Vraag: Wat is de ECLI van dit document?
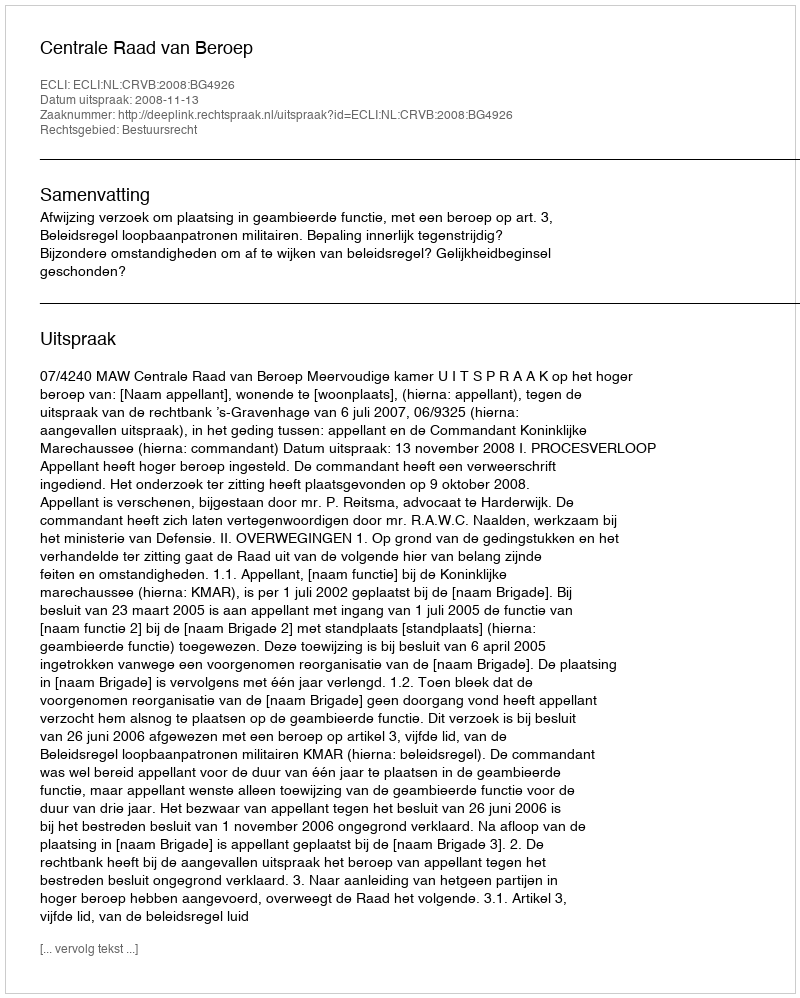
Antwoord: ECLI:NL:CRVB:2008:BG4926